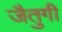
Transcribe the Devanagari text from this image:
जैतुगी